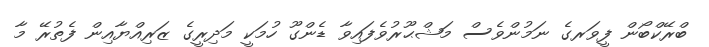
ބްރޭކްބޯން ފީވަރގެ ނަމުންވެސް މަޝްޙޫރުވެފައިވާ ޑެންގޫ ހުމަކީ މަދިރީގެ ޒަރިއްޔާއިން ފެތުރޭ މާ